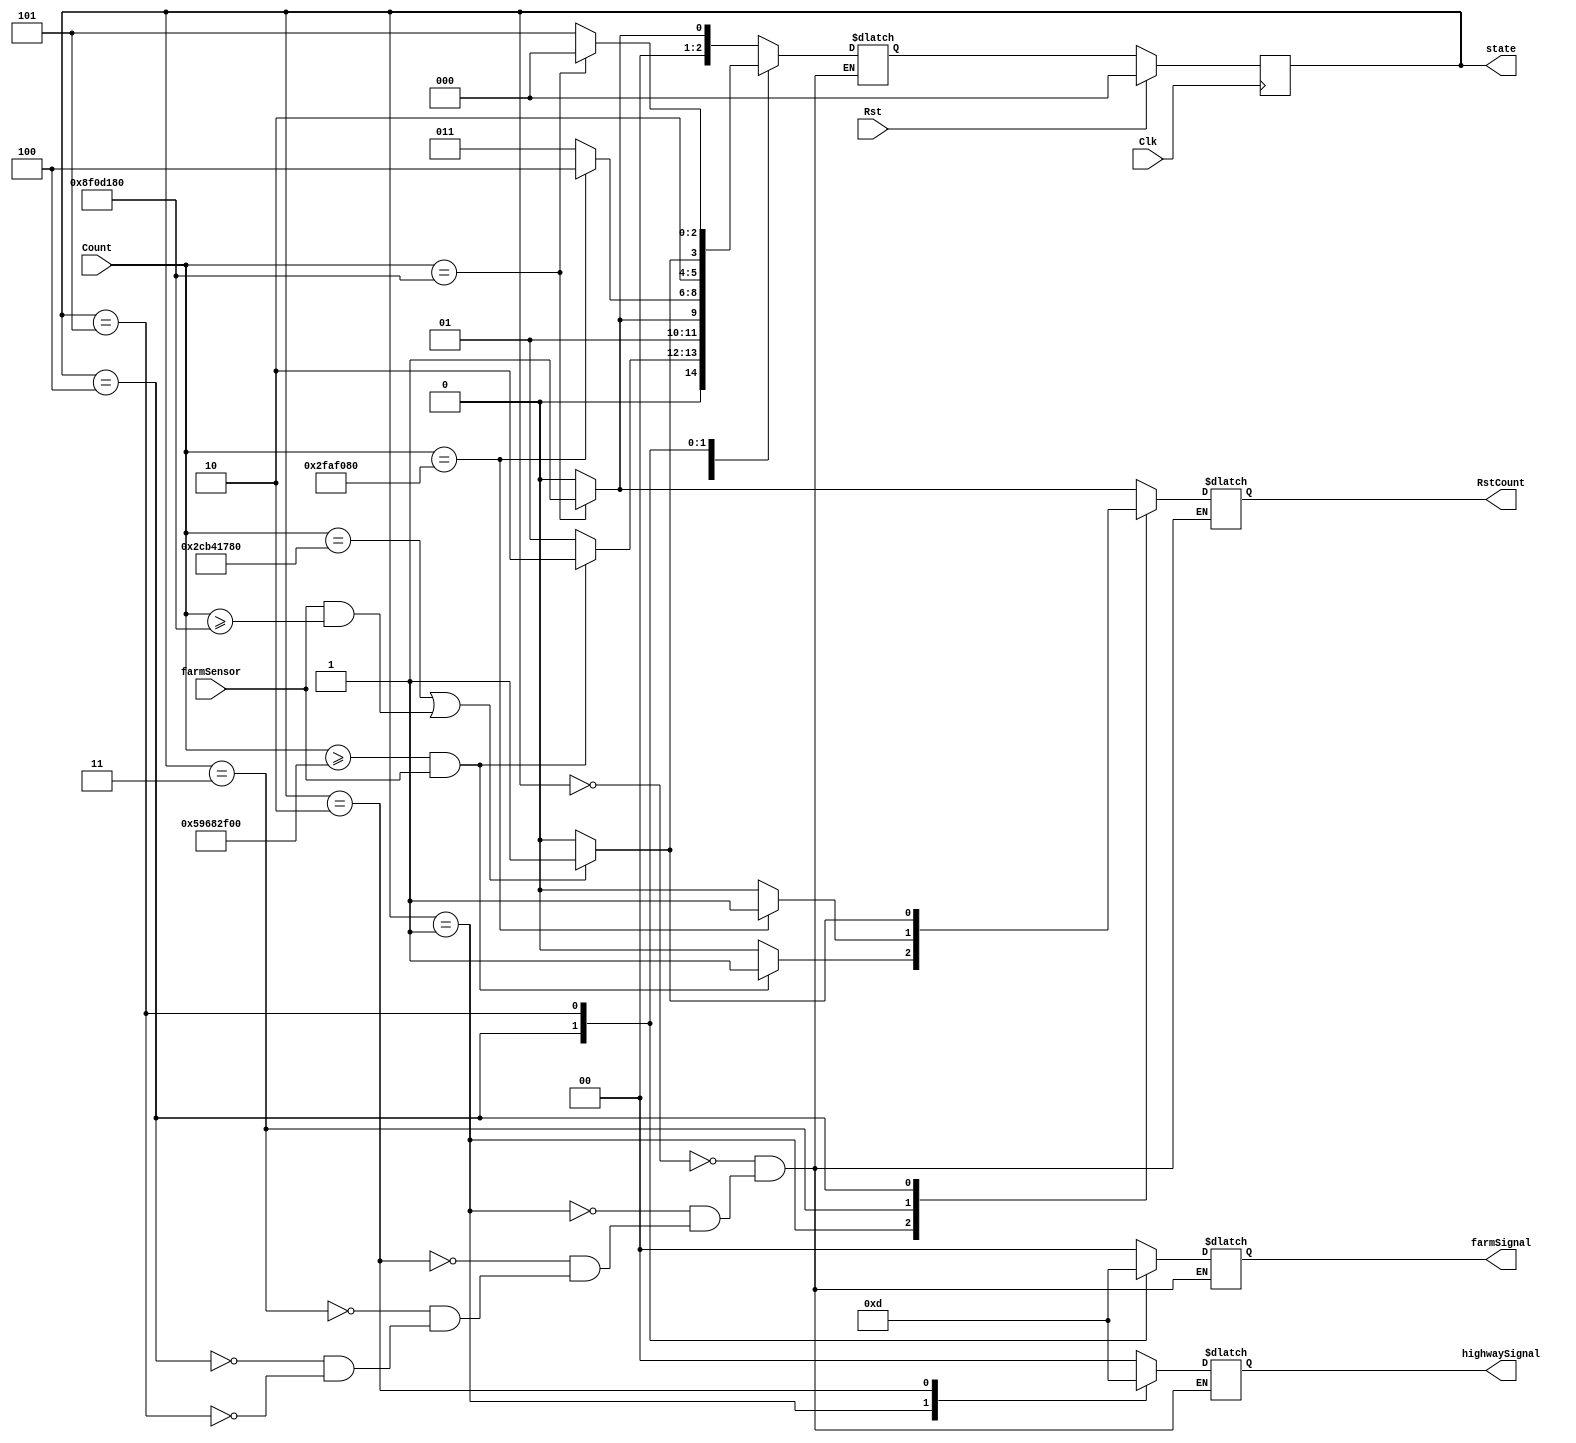
`default_nettype none
`define onesecond 50000000 // Got these definitions from the pre-lab manual
`define threeseconds 150000000
`define fifteenseconds 750000000
`define thirtyseconds 1500000000
module tlc_fsm(
    output reg [2:0] state, // output for debugging
    output reg RstCount, // use an always block
    output reg [1:0] highwaySignal, farmSignal,
    input wire [30:0] Count, // use n computed earlier
    input wire Clk, Rst, // clock and reset
    // Now add experiment 2 port
    input wire farmSensor
);
parameter S0 = 3'b000, // These are the state parameters
    S1 = 3'b001,
    S2 = 3'b010,
    S3 = 3'b011,
    S4 = 3'b100,
    S5 = 3'b101,
    red = 2'b00, // Red is supposed to be 01
    yellow = 2'b01, // 10
    green = 2'b11; // 11, but mine are different
reg [2:0] nextState;
always@(Count)
    case (state)
            // state 1
        S0: begin
        if (Count == `threeseconds) // if we reached 1 second
            begin
                highwaySignal = red; // results of state 1
                farmSignal = red;
                RstCount = 1;
                nextState = S1;
           
            end
        else
            begin
                highwaySignal = red; // otherwise, stay
                farmSignal = red;
                RstCount = 0;
                nextState = S0;
            end
        end
            // state 2
            S1: begin
            if((Count >= `thirtyseconds) && (farmSensor == 1))    
                begin
                    highwaySignal = green; // Traffic lights
                    farmSignal = red;       
                    RstCount = 1; // Reset the count, move states
                    nextState = S2; // move states
                end
            else
                begin
                    highwaySignal = green;
                    farmSignal = red;
                    RstCount = 0;
                    nextState = S1;
                end
            end
           // state 3
            S2: begin
            if(Count == `threeseconds)     // if reached 3 seconds
                begin
                    highwaySignal = yellow; // results of state 3
                    farmSignal = red;  
                    RstCount = 1;
                    nextState = S3;
                end
            else
                begin
                    highwaySignal = yellow; // otherwise, stay
                    farmSignal = red;
                    RstCount = 0;
                    nextState = S2;
                end
            end
            S3: begin
            if(Count == `onesecond)    
                begin
                    highwaySignal = red; // Both are red
                    farmSignal = red;  
                    RstCount = 1; // rst count
                    nextState = S4;
                end
            else
                begin
                    highwaySignal = red;
                    farmSignal = red;
                    RstCount = 0;
                    nextState = S3;
                end
            end
            S4: begin
            if ((Count == `fifteenseconds) || ((farmSensor == 1) && (Count >= `threeseconds)))
                // These conditions are for the second experiment
                begin
                    highwaySignal = red;
                    farmSignal = green;  
                    RstCount = 1;
                    nextState = S5;
                end
            else
                begin
                    highwaySignal = red;
                    farmSignal = green;
                    RstCount = 0;
                    nextState = S4;
                end
            end
        S5: begin
        if (Count == `threeseconds)    
            begin
                highwaySignal = red;
                farmSignal = yellow;  
                RstCount = 1;
                nextState = S0;
            end
        else
        begin
            highwaySignal = red;
            farmSignal = yellow;
            RstCount = 0;
            nextState = S5;
        end
        end
        endcase
always@ (posedge Clk)
        if(Rst)
            state <= S0; // If there's the reset
        else
            state <= nextState; // Otherwise move to next state
endmodule